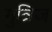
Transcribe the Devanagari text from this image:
गुत्रिज